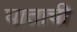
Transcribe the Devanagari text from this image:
घाताची